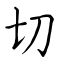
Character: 切